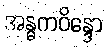
အန္ဓကဝိန္ဒော